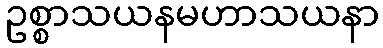
ဥစ္စာသယနမဟာသယနာ